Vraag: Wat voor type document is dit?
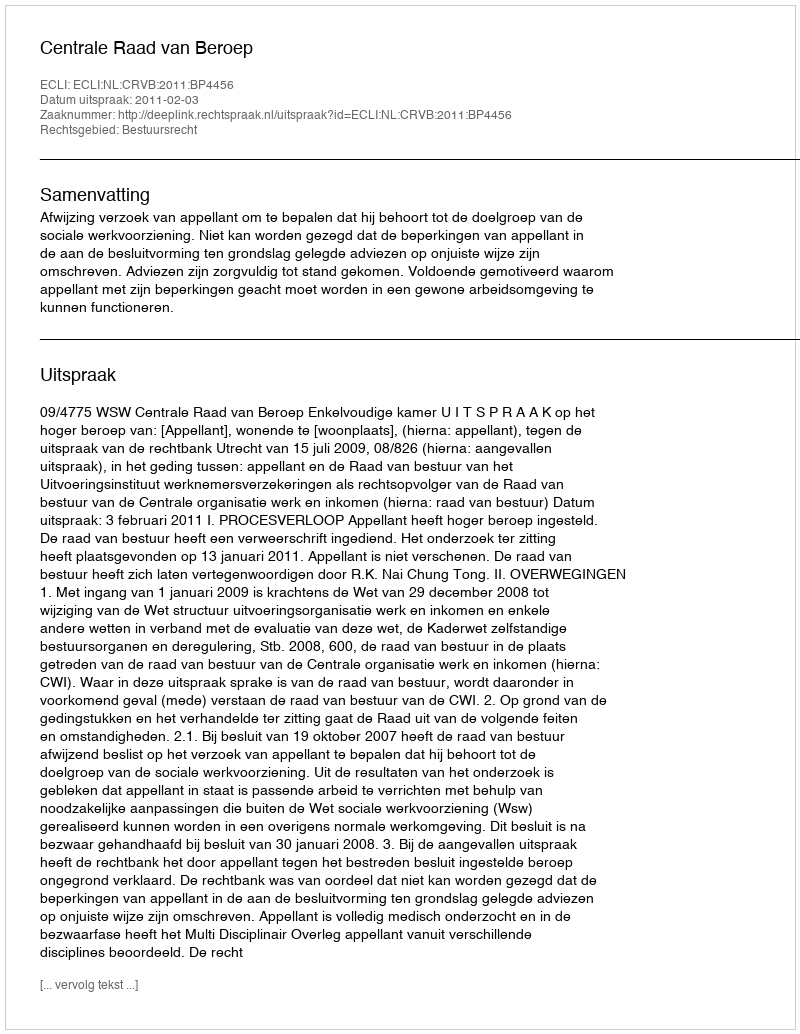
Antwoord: Uitspraak